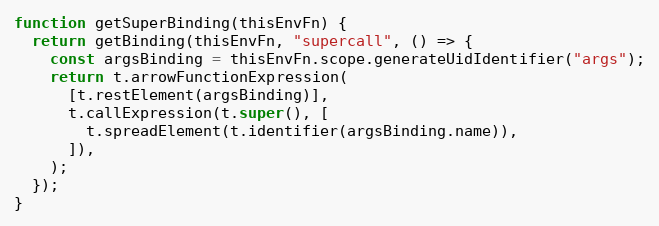
Language: JavaScript
function getSuperBinding(thisEnvFn) {
  return getBinding(thisEnvFn, "supercall", () => {
    const argsBinding = thisEnvFn.scope.generateUidIdentifier("args");
    return t.arrowFunctionExpression(
      [t.restElement(argsBinding)],
      t.callExpression(t.super(), [
        t.spreadElement(t.identifier(argsBinding.name)),
      ]),
    );
  });
}